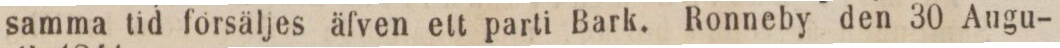
samma tid försäljes äfven ett parti Bark. Ronneby den 30 Augu-